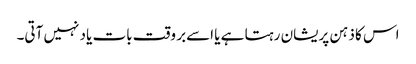
اس کا ذہن پریشان رہتا ہے یا اسےبر وقت بات یاد نہیں آتی۔